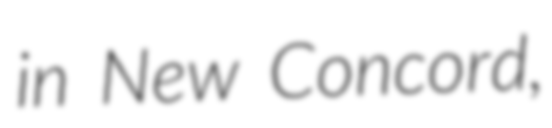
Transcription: in New Concord,